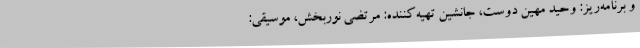
و برنامه‌ریز: وحید مهین دوست، جانشین تهیه‌کننده: مرتضی نوربخش، موسیقی: